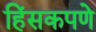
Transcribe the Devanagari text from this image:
हिंसकपणे